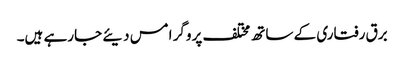
برق رفتاری کے ساتھ مختلف پروگر امس دیئے جارہے ہیں۔